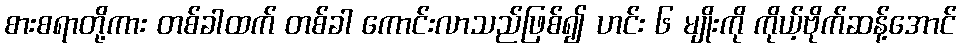
စားစရာတို့ကား တစ်ခါထက် တစ်ခါ ကောင်းလာသည်ဖြစ်၍ ဟင်း ၆ မျိုးကို ကိုယ့်ဗိုက်ဆန့်အောင်